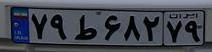
۷۹ط۶۸۲۷۹